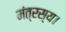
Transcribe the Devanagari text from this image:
मंत्रस्य।